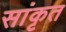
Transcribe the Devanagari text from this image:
सांकृत